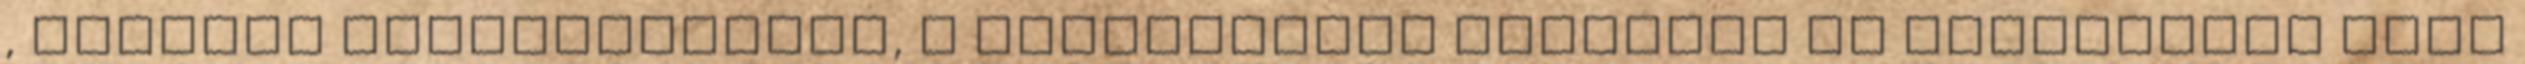
, melynek kovetkezteben, a nepszavazas ervenyes es eredmenyes lesz